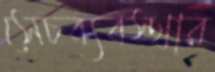
সেচব্যবস্থার